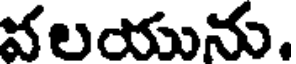
వలయును.